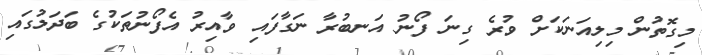
މިގޮތުން މިލިއަނަކަށް ވުރެ ގިނަ ފޯނު އަނބުރާ ނަގާފައި ވާއިރު އެފޯނުތަކުގެ ބަދަލުގައި